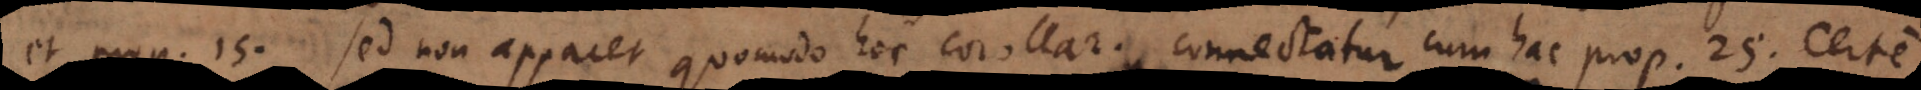
et prop. 15., sed non apparet quomodo hoc corollar. connectatur cum hac prop. 25. Certe